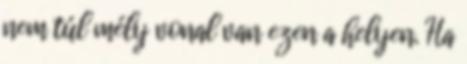
nem túl mély vonal van ezen a helyen. Ha